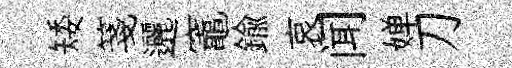
矮箋邐竈鍮哀闻婵刀